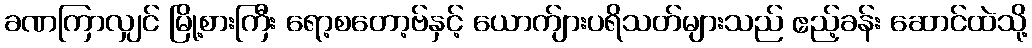
ခဏကြာလျှင် မြို့စားကြီး ရော့စတော့ဗ်နှင့် ယောက်ျားပရိသတ်များသည် ဧည့်ခန်း ဆောင်ထဲသို့